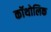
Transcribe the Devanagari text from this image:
कॉथोलिक